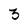
Character: 3